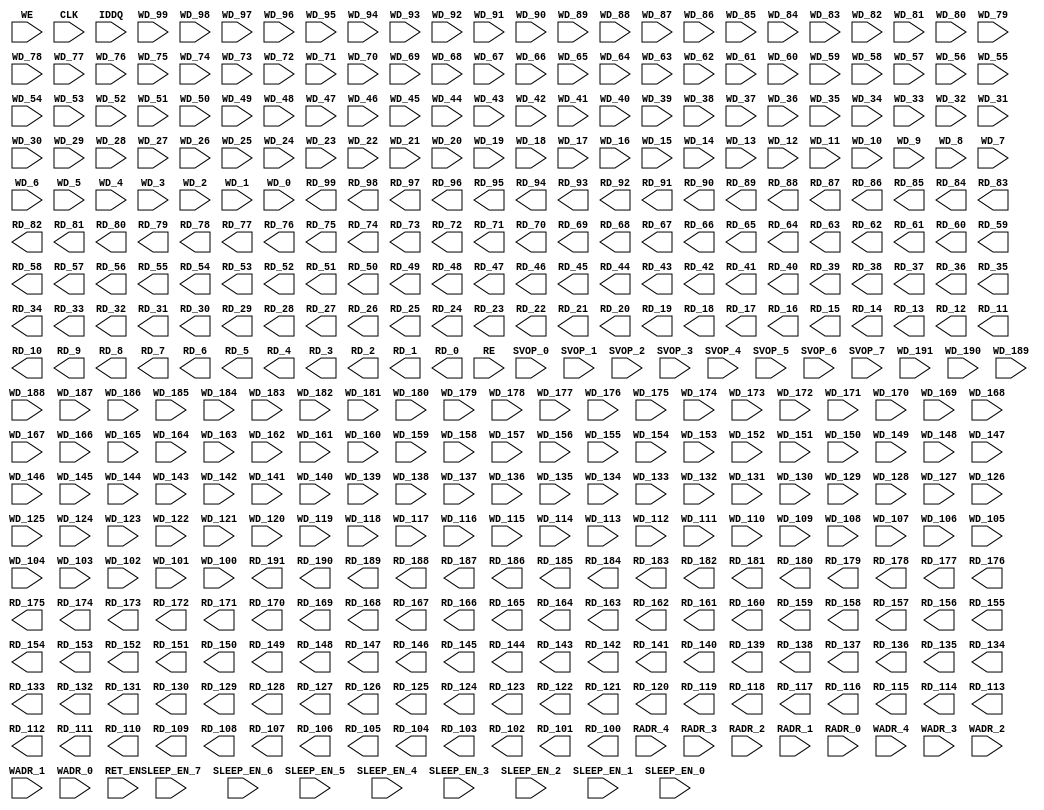
// ================================================================
// NVDLA Open Source Project
//
// Copyright(c) 2016 - 2017 NVIDIA Corporation. Licensed under the
// NVDLA Open Hardware License; Check "LICENSE" which comes with
// this distribution for more information.
// ================================================================
module RAMPDP_32X192_GL_M1_D2 ( WE, CLK, IDDQ, SVOP_0, SVOP_1, SVOP_2, SVOP_3, SVOP_4, SVOP_5, SVOP_6, SVOP_7
,WD_191, WD_190, WD_189, WD_188, WD_187, WD_186, WD_185, WD_184, WD_183, WD_182, WD_181, WD_180, WD_179, WD_178, WD_177, WD_176, WD_175, WD_174, WD_173, WD_172, WD_171, WD_170, WD_169, WD_168, WD_167, WD_166, WD_165, WD_164, WD_163, WD_162, WD_161, WD_160, WD_159, WD_158, WD_157, WD_156, WD_155, WD_154, WD_153, WD_152, WD_151, WD_150, WD_149, WD_148, WD_147, WD_146, WD_145, WD_144, WD_143, WD_142, WD_141, WD_140, WD_139, WD_138, WD_137, WD_136, WD_135, WD_134, WD_133, WD_132, WD_131, WD_130, WD_129, WD_128, WD_127, WD_126, WD_125, WD_124, WD_123, WD_122, WD_121, WD_120, WD_119, WD_118, WD_117, WD_116, WD_115, WD_114, WD_113, WD_112, WD_111, WD_110, WD_109, WD_108, WD_107, WD_106, WD_105, WD_104, WD_103, WD_102, WD_101, WD_100, WD_99, WD_98, WD_97, WD_96, WD_95, WD_94, WD_93, WD_92, WD_91, WD_90, WD_89, WD_88, WD_87, WD_86, WD_85, WD_84, WD_83, WD_82, WD_81, WD_80, WD_79, WD_78, WD_77, WD_76, WD_75, WD_74, WD_73, WD_72, WD_71, WD_70, WD_69, WD_68, WD_67, WD_66, WD_65, WD_64, WD_63, WD_62, WD_61, WD_60, WD_59, WD_58, WD_57, WD_56, WD_55, WD_54, WD_53, WD_52, WD_51, WD_50, WD_49, WD_48, WD_47, WD_46, WD_45, WD_44, WD_43, WD_42, WD_41, WD_40, WD_39, WD_38, WD_37, WD_36, WD_35, WD_34, WD_33, WD_32, WD_31, WD_30, WD_29, WD_28, WD_27, WD_26, WD_25, WD_24, WD_23, WD_22, WD_21, WD_20, WD_19, WD_18, WD_17, WD_16, WD_15, WD_14, WD_13, WD_12, WD_11, WD_10, WD_9, WD_8, WD_7, WD_6, WD_5, WD_4, WD_3, WD_2, WD_1, WD_0,RD_191, RD_190, RD_189, RD_188, RD_187, RD_186, RD_185, RD_184, RD_183, RD_182, RD_181, RD_180, RD_179, RD_178, RD_177, RD_176, RD_175, RD_174, RD_173, RD_172, RD_171, RD_170, RD_169, RD_168, RD_167, RD_166, RD_165, RD_164, RD_163, RD_162, RD_161, RD_160, RD_159, RD_158, RD_157, RD_156, RD_155, RD_154, RD_153, RD_152, RD_151, RD_150, RD_149, RD_148, RD_147, RD_146, RD_145, RD_144, RD_143, RD_142, RD_141, RD_140, RD_139, RD_138, RD_137, RD_136, RD_135, RD_134, RD_133, RD_132, RD_131, RD_130, RD_129, RD_128, RD_127, RD_126, RD_125, RD_124, RD_123, RD_122, RD_121, RD_120, RD_119, RD_118, RD_117, RD_116, RD_115, RD_114, RD_113, RD_112, RD_111, RD_110, RD_109, RD_108, RD_107, RD_106, RD_105, RD_104, RD_103, RD_102, RD_101, RD_100, RD_99, RD_98, RD_97, RD_96, RD_95, RD_94, RD_93, RD_92, RD_91, RD_90, RD_89, RD_88, RD_87, RD_86, RD_85, RD_84, RD_83, RD_82, RD_81, RD_80, RD_79, RD_78, RD_77, RD_76, RD_75, RD_74, RD_73, RD_72, RD_71, RD_70, RD_69, RD_68, RD_67, RD_66, RD_65, RD_64, RD_63, RD_62, RD_61, RD_60, RD_59, RD_58, RD_57, RD_56, RD_55, RD_54, RD_53, RD_52, RD_51, RD_50, RD_49, RD_48, RD_47, RD_46, RD_45, RD_44, RD_43, RD_42, RD_41, RD_40, RD_39, RD_38, RD_37, RD_36, RD_35, RD_34, RD_33, RD_32, RD_31, RD_30, RD_29, RD_28, RD_27, RD_26, RD_25, RD_24, RD_23, RD_22, RD_21, RD_20, RD_19, RD_18, RD_17, RD_16, RD_15, RD_14, RD_13, RD_12, RD_11, RD_10, RD_9, RD_8, RD_7, RD_6, RD_5, RD_4, RD_3, RD_2, RD_1, RD_0, RE
, RADR_4, RADR_3, RADR_2, RADR_1, RADR_0, WADR_4, WADR_3, WADR_2, WADR_1, WADR_0, SLEEP_EN_7, SLEEP_EN_6, SLEEP_EN_5, SLEEP_EN_4, SLEEP_EN_3, SLEEP_EN_2, SLEEP_EN_1, SLEEP_EN_0, RET_EN
);
// nvProps NoBus SLEEP_EN_
`ifndef RAM_INTERFACE
`ifndef SYNTHESIS
// Physical ram size defined as localparam
parameter phy_rows = 32;
parameter phy_cols = 192;
parameter phy_rcols_pos = 192'b000000000000000000000000000000000000000000000000000000000000000000000000000000000000000000000000000000000000000000000000000000000000000000000000000000000000000000000000000000000000000000000000;
`endif //SYNTHESIS
`endif //RAM_INTERFACE
// Test mode control ports
input IDDQ;
// Clock port
input CLK;
// SVOP ports
input SVOP_0, SVOP_1, SVOP_2, SVOP_3, SVOP_4, SVOP_5, SVOP_6, SVOP_7;
// Write data ports
input WD_191, WD_190, WD_189, WD_188, WD_187, WD_186, WD_185, WD_184, WD_183, WD_182, WD_181, WD_180, WD_179, WD_178, WD_177, WD_176, WD_175, WD_174, WD_173, WD_172, WD_171, WD_170, WD_169, WD_168, WD_167, WD_166, WD_165, WD_164, WD_163, WD_162, WD_161, WD_160, WD_159, WD_158, WD_157, WD_156, WD_155, WD_154, WD_153, WD_152, WD_151, WD_150, WD_149, WD_148, WD_147, WD_146, WD_145, WD_144, WD_143, WD_142, WD_141, WD_140, WD_139, WD_138, WD_137, WD_136, WD_135, WD_134, WD_133, WD_132, WD_131, WD_130, WD_129, WD_128, WD_127, WD_126, WD_125, WD_124, WD_123, WD_122, WD_121, WD_120, WD_119, WD_118, WD_117, WD_116, WD_115, WD_114, WD_113, WD_112, WD_111, WD_110, WD_109, WD_108, WD_107, WD_106, WD_105, WD_104, WD_103, WD_102, WD_101, WD_100, WD_99, WD_98, WD_97, WD_96, WD_95, WD_94, WD_93, WD_92, WD_91, WD_90, WD_89, WD_88, WD_87, WD_86, WD_85, WD_84, WD_83, WD_82, WD_81, WD_80, WD_79, WD_78, WD_77, WD_76, WD_75, WD_74, WD_73, WD_72, WD_71, WD_70, WD_69, WD_68, WD_67, WD_66, WD_65, WD_64, WD_63, WD_62, WD_61, WD_60, WD_59, WD_58, WD_57, WD_56, WD_55, WD_54, WD_53, WD_52, WD_51, WD_50, WD_49, WD_48, WD_47, WD_46, WD_45, WD_44, WD_43, WD_42, WD_41, WD_40, WD_39, WD_38, WD_37, WD_36, WD_35, WD_34, WD_33, WD_32, WD_31, WD_30, WD_29, WD_28, WD_27, WD_26, WD_25, WD_24, WD_23, WD_22, WD_21, WD_20, WD_19, WD_18, WD_17, WD_16, WD_15, WD_14, WD_13, WD_12, WD_11, WD_10, WD_9, WD_8, WD_7, WD_6, WD_5, WD_4, WD_3, WD_2, WD_1, WD_0;
// Read data ports
output RD_191, RD_190, RD_189, RD_188, RD_187, RD_186, RD_185, RD_184, RD_183, RD_182, RD_181, RD_180, RD_179, RD_178, RD_177, RD_176, RD_175, RD_174, RD_173, RD_172, RD_171, RD_170, RD_169, RD_168, RD_167, RD_166, RD_165, RD_164, RD_163, RD_162, RD_161, RD_160, RD_159, RD_158, RD_157, RD_156, RD_155, RD_154, RD_153, RD_152, RD_151, RD_150, RD_149, RD_148, RD_147, RD_146, RD_145, RD_144, RD_143, RD_142, RD_141, RD_140, RD_139, RD_138, RD_137, RD_136, RD_135, RD_134, RD_133, RD_132, RD_131, RD_130, RD_129, RD_128, RD_127, RD_126, RD_125, RD_124, RD_123, RD_122, RD_121, RD_120, RD_119, RD_118, RD_117, RD_116, RD_115, RD_114, RD_113, RD_112, RD_111, RD_110, RD_109, RD_108, RD_107, RD_106, RD_105, RD_104, RD_103, RD_102, RD_101, RD_100, RD_99, RD_98, RD_97, RD_96, RD_95, RD_94, RD_93, RD_92, RD_91, RD_90, RD_89, RD_88, RD_87, RD_86, RD_85, RD_84, RD_83, RD_82, RD_81, RD_80, RD_79, RD_78, RD_77, RD_76, RD_75, RD_74, RD_73, RD_72, RD_71, RD_70, RD_69, RD_68, RD_67, RD_66, RD_65, RD_64, RD_63, RD_62, RD_61, RD_60, RD_59, RD_58, RD_57, RD_56, RD_55, RD_54, RD_53, RD_52, RD_51, RD_50, RD_49, RD_48, RD_47, RD_46, RD_45, RD_44, RD_43, RD_42, RD_41, RD_40, RD_39, RD_38, RD_37, RD_36, RD_35, RD_34, RD_33, RD_32, RD_31, RD_30, RD_29, RD_28, RD_27, RD_26, RD_25, RD_24, RD_23, RD_22, RD_21, RD_20, RD_19, RD_18, RD_17, RD_16, RD_15, RD_14, RD_13, RD_12, RD_11, RD_10, RD_9, RD_8, RD_7, RD_6, RD_5, RD_4, RD_3, RD_2, RD_1, RD_0;
// Read enable ports
input RE;
// Write enable ports
input WE;
// Read address ports
input RADR_4, RADR_3, RADR_2, RADR_1, RADR_0;
// Write address ports
input WADR_4, WADR_3, WADR_2, WADR_1, WADR_0;
// PG Zone enables
input SLEEP_EN_0, SLEEP_EN_1, SLEEP_EN_2, SLEEP_EN_3, SLEEP_EN_4, SLEEP_EN_5, SLEEP_EN_6, SLEEP_EN_7, RET_EN;

endmodule